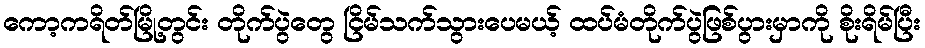
ကော့ကရိတ်မြို့တွင်း တိုက်ပွဲတွေ ငြိမ်သက်သွားပေမယ့် ထပ်မံတိုက်ပွဲဖြစ်ပွားမှာကို စိုးရိမ်ပြီး